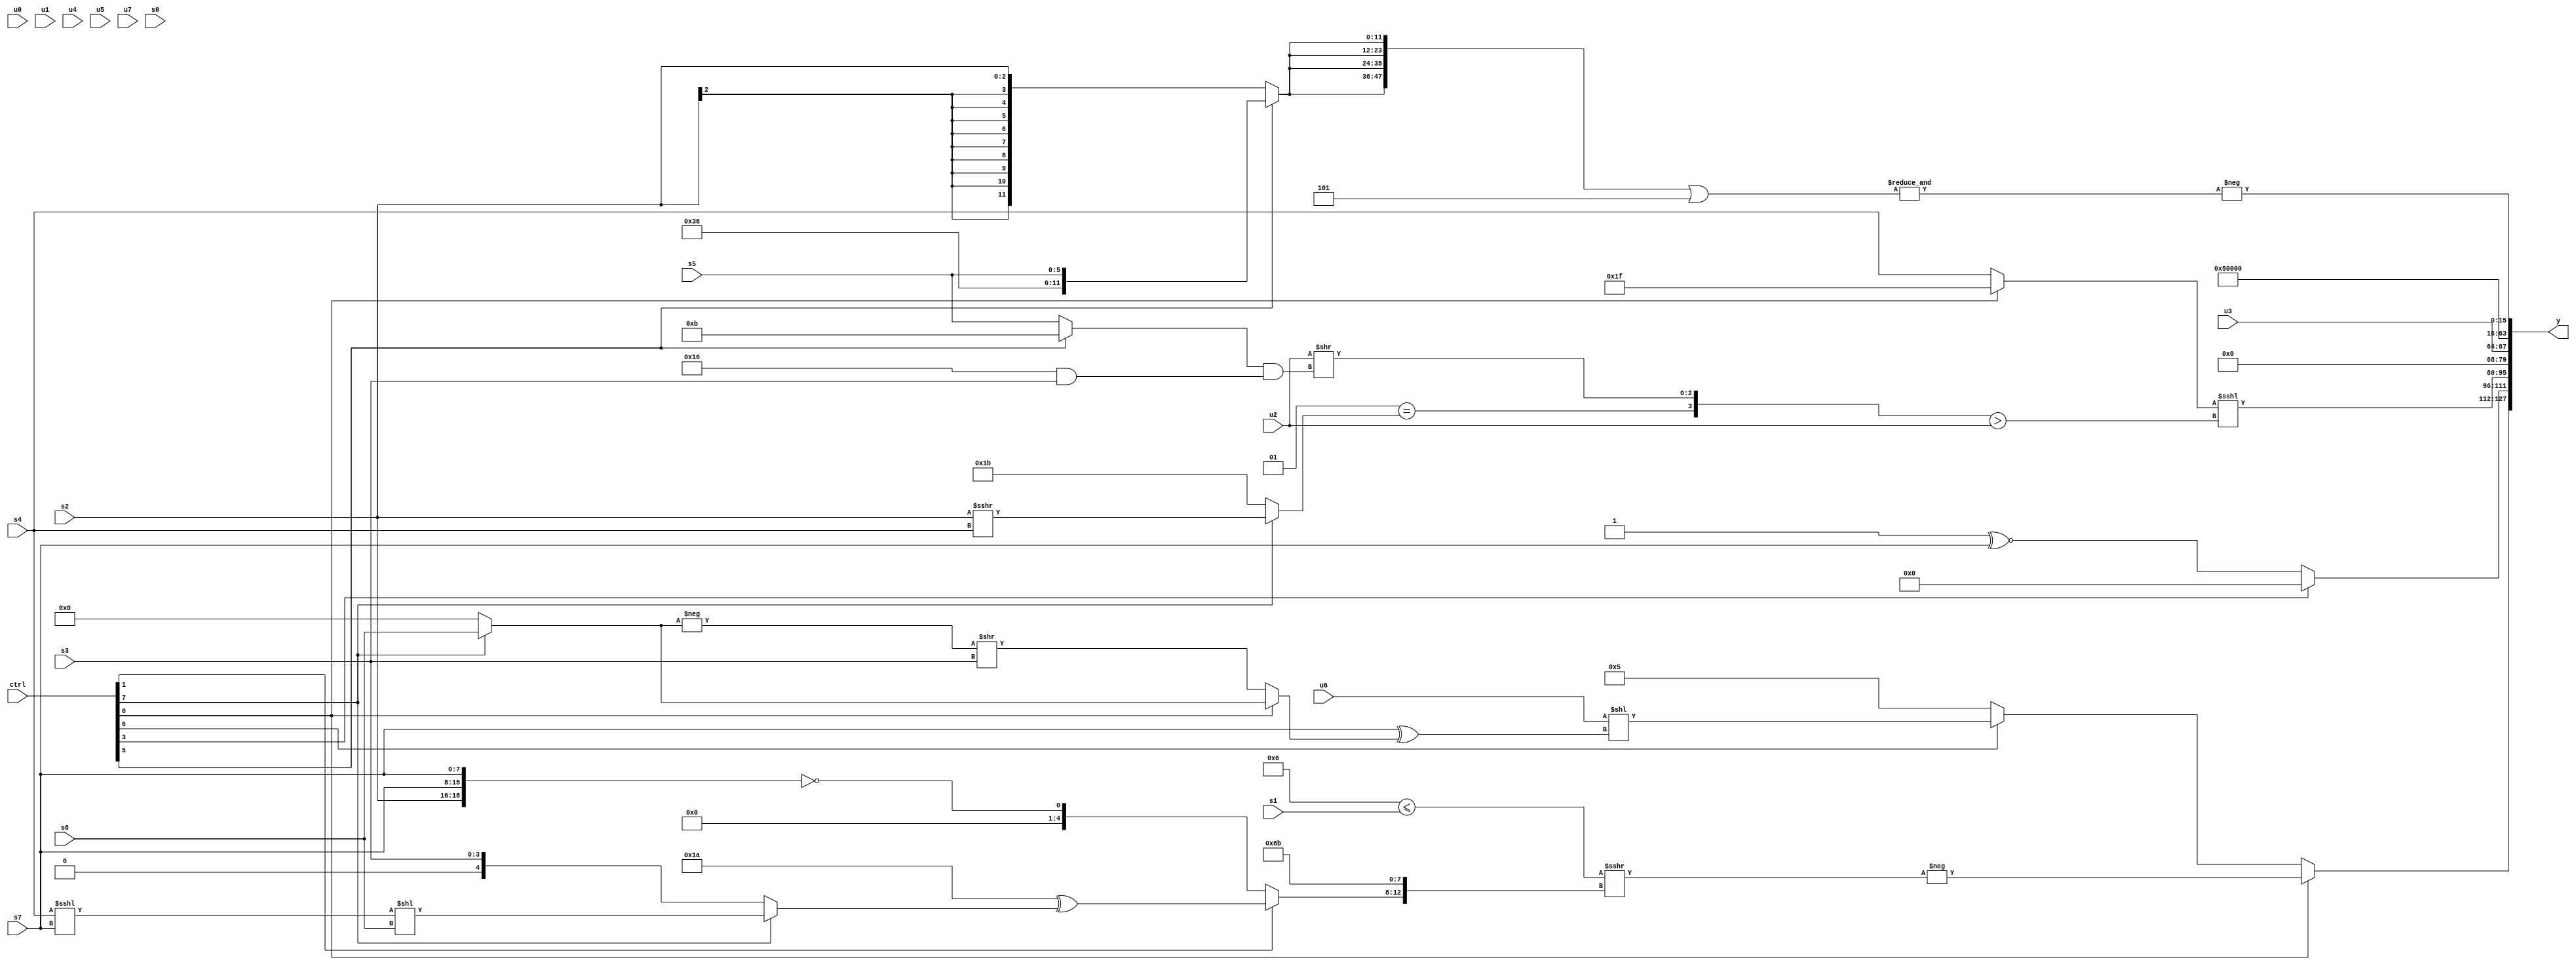
module wideexpr_00164(ctrl, u0, u1, u2, u3, u4, u5, u6, u7, s0, s1, s2, s3, s4, s5, s6, s7, y);
  input [7:0] ctrl;
  input [0:0] u0;
  input [1:0] u1;
  input [2:0] u2;
  input [3:0] u3;
  input [4:0] u4;
  input [5:0] u5;
  input [6:0] u6;
  input [7:0] u7;
  input signed [0:0] s0;
  input signed [1:0] s1;
  input signed [2:0] s2;
  input signed [3:0] s3;
  input signed [4:0] s4;
  input signed [5:0] s5;
  input signed [6:0] s6;
  input signed [7:0] s7;
  output [127:0] y;
  wire [15:0] y0;
  wire [15:0] y1;
  wire [15:0] y2;
  wire [15:0] y3;
  wire [15:0] y4;
  wire [15:0] y5;
  wire [15:0] y6;
  wire [15:0] y7;
  assign y = {y0,y1,y2,y3,y4,y5,y6,y7};
  assign y0 = (ctrl[0]?-(($unsigned((5'sb00110)<=(s1)))>>>({(ctrl[1]?(+(5'sb11010))^((ctrl[7]?((s4)<<<(s7))<<(s6):+(s3))):+(!($signed({s2,s7,s7})))),$unsigned(3'sb100),{1{$signed(3'sb010)}},$signed(2'sb11)})):(ctrl[6]?($signed(u6))<<((s7)^($signed((ctrl[0]?(ctrl[7]?(ctrl[0]?s6:1'sb1):2'sb00):(-((ctrl[7]?s6:2'sb00)))>>(s3))))):+(5'sb00101)));
  assign y1 = (ctrl[3]?1'b0:($unsigned(1'sb1))^~(s7));
  assign y2 = ({+((ctrl[0]?-(|(6'b010011)):s4))})<<<(({(2'sb01)==((ctrl[7]?(s2)>>>(s4):5'sb11011)),($signed(u2))>>(((ctrl[5]?5'sb01011:s5))&((6'sb010110)&(s3)))})>(u2));
  assign y3 = +(u3);
  assign y4 = (6'sb001111)>>>(3'sb111);
  assign y5 = 3'b101;
  assign y6 = $unsigned(1'sb0);
  assign y7 = -($signed(&(({4{(ctrl[5]?$signed({(ctrl[5]?6'sb110110:s0),s5}):s2)}})|((2'b10)+(2'sb11)))));
endmodule